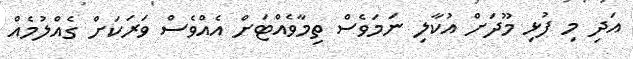
އަދި މި ފުޅި މޫދަށް އުކާލި ނަމަވެސް ތިމާވެއްޓަށް އެއްވެސް ވަރަކަށް ގެއްލުމެއް